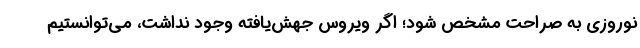
نوروزی به صراحت مشخص شود؛ اگر ویروس جهش‌یافته وجود نداشت، می‌توانستیم